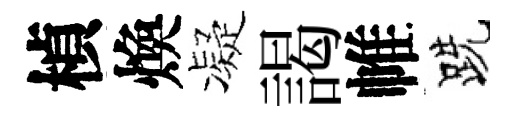
楨煥凝謁帷跣